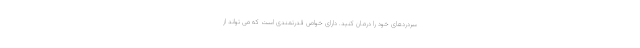
سردردهای خود را درمان کنید. دارای خواص قدرتمندی است که می تواند از